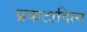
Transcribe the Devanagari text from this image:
प्रकटादित्य